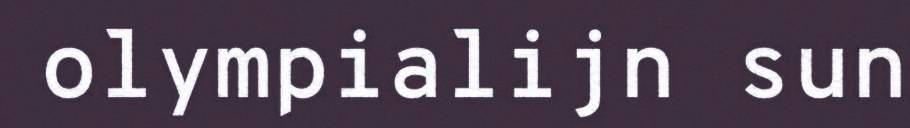
olympialijn sun